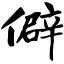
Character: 僻